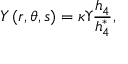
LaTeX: Y \left( r , \theta , s \right) = \kappa \Upsilon \frac { h _ { 4 } } { h _ { 4 } ^ { * } } ,